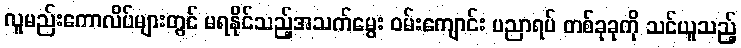
လူမည်းကောလိပ်များတွင် မရနိုင်သည့်အသက်မွေး ဝမ်းကျောင်း ပညာရပ် တစ်ခုခုကို သင်ယူသည့်